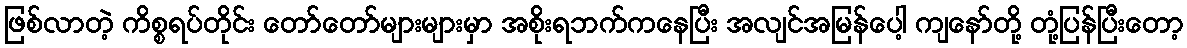
ဖြစ်လာတဲ့ ကိစ္စရပ်တိုင်း တော်တော်များများမှာ အစိုးရဘက်ကနေပြီး အလျင်အမြန်ပေါ့ ကျနော်တို့ တုံ့ပြန်ပြီးတော့